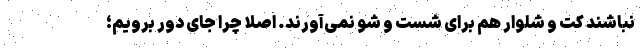
نباشند کت و شلوار هم برای شست و شو نمی‌آورند. اصلاً چرا جای دور برویم؛